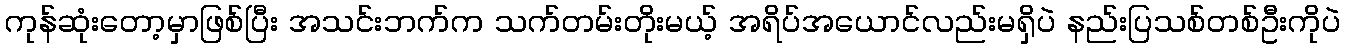
ကုန်ဆုံးတော့မှာဖြစ်ပြီး အသင်းဘက်က သက်တမ်းတိုးမယ့် အရိပ်အယောင်လည်းမရှိပဲ နည်းပြသစ်တစ်ဦးကိုပဲ